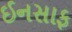
ઈનસાફ